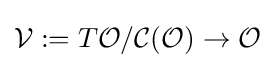
{\mathcal {V}}:=T{\mathcal {O}}/{\mathcal {C(O)}}\to {\mathcal {O}}